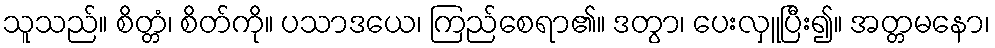
သူသည်။ စိတ္တံ၊ စိတ်ကို။ ပသာဒယေ၊ ကြည်စေရာ၏။ ဒတွာ၊ ပေးလှူပြီး၍။ အတ္တမနော၊